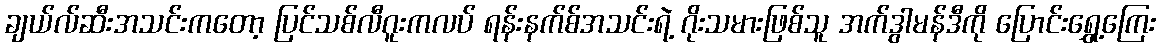
ချယ်လ်ဆီးအသင်းကတော့ ပြင်သစ်လီဂူးကလပ် ရန်းနက်စ်အသင်းရဲ့ ဂိုးသမားဖြစ်သူ အက်ဒွါမန်ဒီကို ပြောင်းရွှေ့ကြေး